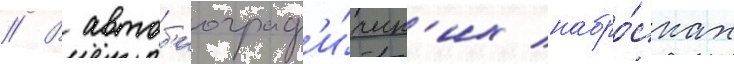
// В автоб'иограф'и́ческ'их набро́сках